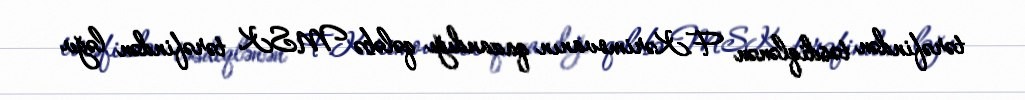
tərəfindən təsdiqlənən F.Kərimovanın qazandığı qələbə MSK tərəfindən ləğv